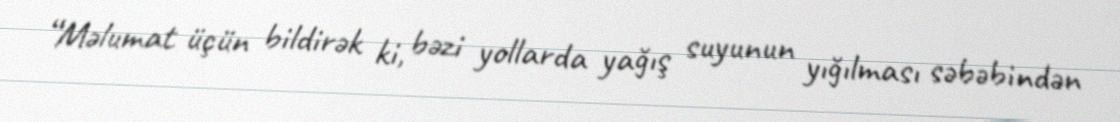
“Məlumat üçün bildirək ki, bəzi yollarda yağış suyunun yığılması səbəbindən